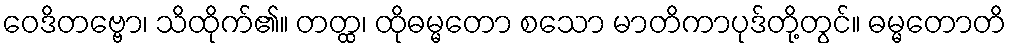
ဝေဒိတဗ္ဗော၊ သိထိုက်၏။ တတ္ထ၊ ထိုဓမ္မတော စသော မာတိကာပုဒ်တို့တွင်။ ဓမ္မတောတိ